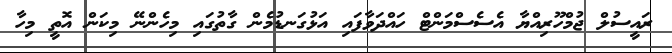
ރައީސުލް ޖުމްހޫރިއްޔާ އެސެސްމަންޓް ހައްދަވާފައި އަޅުގަނޑުމެން ގާތުގައި މިހެންނޭ މިކަން އޮތީ މިހާ